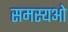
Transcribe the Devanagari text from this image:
समस्यओ